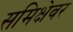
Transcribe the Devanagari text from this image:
समिक्षेवर